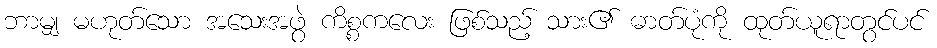
ဘာမျှ မဟုတ်သော အသေးအဖွဲ ကိစ္စကလေး ဖြစ်သည့် သား၏ ဓာတ်ပုံကို ထုတ်ယူရာတွင်ပင်